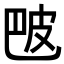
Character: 𬐒